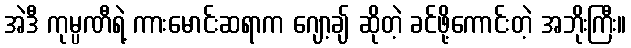
အဲဒီ ကုမ္ပဏီရဲ့ ကားမောင်းဆရာက ဂျော့ချ် ဆိုတဲ့ ခင်ဖို့ကောင်းတဲ့ အဘိုးကြီး။